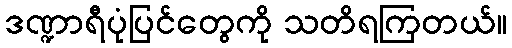
ဒဏ္ဍာရီပုံပြင်တွေကို သတိရကြတယ်။